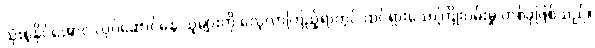
သုံးစွဲနိုင်အောင် လုပ်ဆောင်နေ သူများကို လေ့လာကြည့်ရာတွင် ထင်ရှားသောကြိုးပမ်းမှု တစ်ခုဖြစ်သည်။